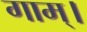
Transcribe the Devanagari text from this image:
गाम्।